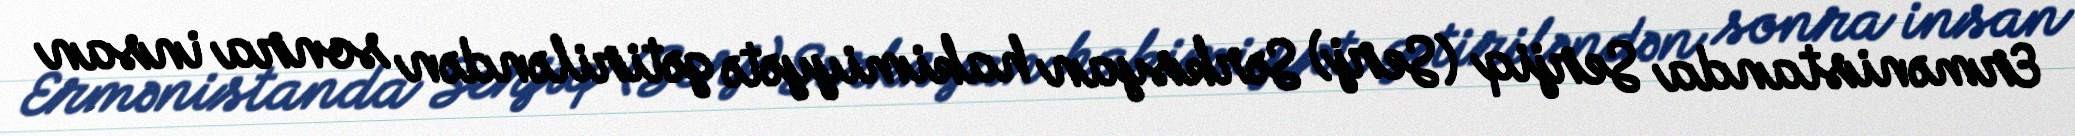
Ermənistanda Serjiq (Serj) Sərksyan hakimiyyətə gətiriləndən sonra insan